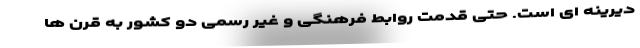
دیرینه ای است. حتی قدمت روابط فرهنگی و غیر رسمی دو کشور به قرن ها